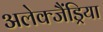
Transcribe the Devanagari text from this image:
अलेक्जैंड्रिया